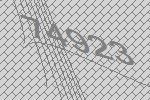
74923